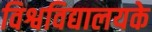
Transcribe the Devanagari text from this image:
विश्वविद्यालयके